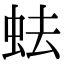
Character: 𧉧